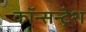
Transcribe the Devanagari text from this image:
कॉन्सन्ट्रेश